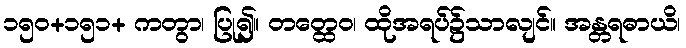
၁၅၀+၁၅၁+ ကတွာ၊ ပြု၍။ တတ္ထေဝ၊ ထိုအရပ်၌သာလျင်။ အန္တရဓာယိ၊